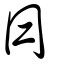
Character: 冃